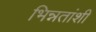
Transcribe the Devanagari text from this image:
भिन्नतांशी